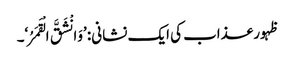
ظہور عذاب کی ایک نشانی: ’وَانْشَقَّ الْقَمَرُ‘۔